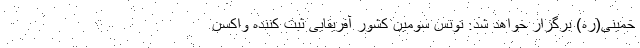
خمینی(ره) برگزار خواهد شد. تونس سومین کشور آفریقایی ثبت کننده واکسن